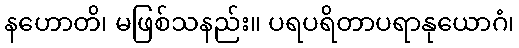
နဟောတိ၊ မဖြစ်သနည်း။ ပရပရိတာပရာနုယောဂံ၊